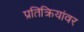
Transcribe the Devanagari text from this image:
प्रतिक्रियांवर